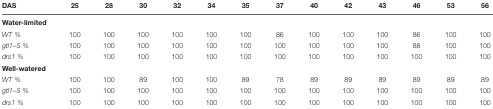
| DAS | 25 | 28 | 30 | 32 | 34 | 35 | 37 | 40 | 42 | 43 | 46 | 53 | 56 |
 | --- | --- | --- | --- | --- | --- | --- | --- | --- | --- | --- | --- | --- | --- |
 | Water-limited |  |  |  |  |  |  |  |  |  |  |  |  |  |
 | WT % | 100 | 100 | 100 | 100 | 100 | 100 | 86 | 100 | 100 | 100 | 86 | 100 | 100 |
 | gtl1–5 % | 100 | 100 | 100 | 100 | 100 | 100 | 100 | 100 | 100 | 100 | 88 | 100 | 100 |
 | drs1 % | 100 | 100 | 100 | 100 | 100 | 100 | 100 | 100 | 100 | 100 | 100 | 100 | 100 |
 | Well-watered |  |  |  |  |  |  |  |  |  |  |  |  |  |
 | WT % | 100 | 100 | 89 | 100 | 100 | 89 | 78 | 89 | 89 | 89 | 89 | 89 | 89 |
 | gtl1–5 % | 100 | 100 | 100 | 100 | 100 | 100 | 100 | 100 | 100 | 100 | 100 | 100 | 100 |
 | drs1 % | 100 | 100 | 100 | 100 | 100 | 100 | 100 | 100 | 100 | 100 | 100 | 100 | 100 |